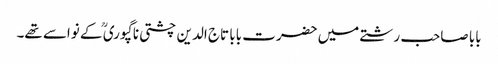
بابا صاحب رشتے میں حضرت بابا تاج الدین چشتی نا گپوری ؒ کے نواسے تھے۔